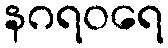
နဂရဝရေ